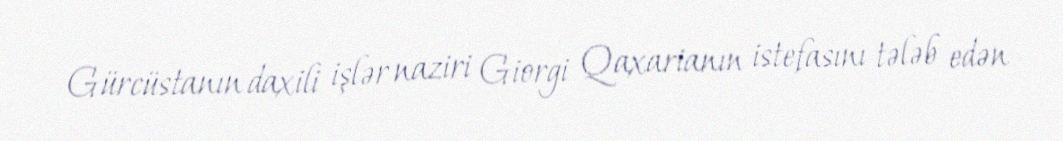
Gürcüstanın daxili işlər naziri Giorgi Qaxarianın istefasını tələb edən